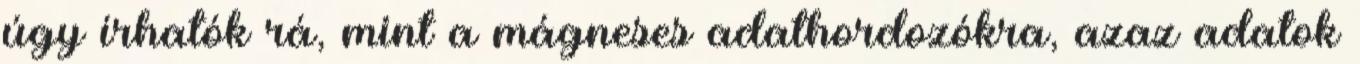
úgy írhatók rá, mint a mágneses adathordozókra, azaz adatok